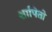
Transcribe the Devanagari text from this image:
शापितो